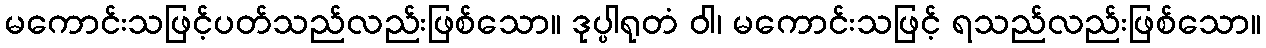
မကောင်းသဖြင့်ပတ်သည်လည်းဖြစ်သော။ ဒုပ္ပါရုတံ ဝါ၊ မကောင်းသဖြင့် ရသည်လည်းဖြစ်သော။